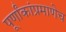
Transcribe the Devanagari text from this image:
पूर्णांकांप्रमाणेच